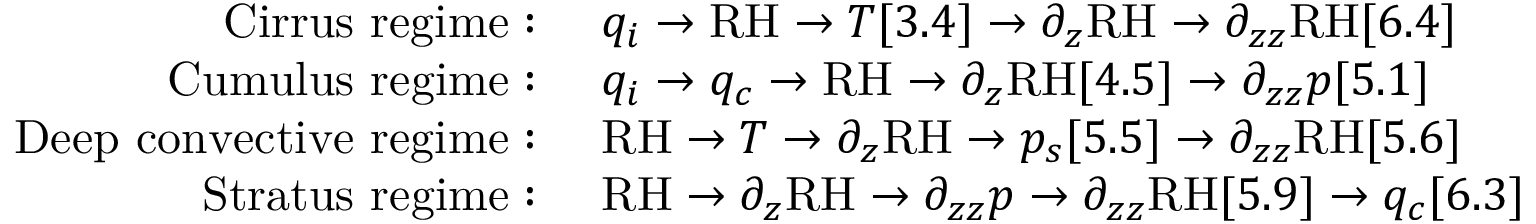
\begin{array} { r l } { \mathrm { C i r r u s ~ r e g i m e : ~ } } & { q _ { i } \rightarrow \mathrm { R H } \rightarrow T [ 3 . 4 ] \rightarrow \partial _ { z } \mathrm { R H } \rightarrow \partial _ { z z } \mathrm { R H } [ 6 . 4 ] } \\ { \mathrm { C u m u l u s ~ r e g i m e : ~ } } & { q _ { i } \rightarrow q _ { c } \rightarrow \mathrm { R H } \rightarrow \partial _ { z } \mathrm { R H } [ 4 . 5 ] \rightarrow \partial _ { z z } p [ 5 . 1 ] } \\ { \mathrm { D e e p ~ c o n v e c t i v e ~ r e g i m e : ~ } } & { \mathrm { R H } \rightarrow T \rightarrow \partial _ { z } \mathrm { R H } \rightarrow p _ { s } [ 5 . 5 ] \rightarrow \partial _ { z z } \mathrm { R H } [ 5 . 6 ] } \\ { \mathrm { S t r a t u s ~ r e g i m e : ~ } } & { \mathrm { R H } \rightarrow \partial _ { z } \mathrm { R H } \rightarrow \partial _ { z z } p \rightarrow \partial _ { z z } \mathrm { R H } [ 5 . 9 ] \rightarrow q _ { c } [ 6 . 3 ] } \end{array}